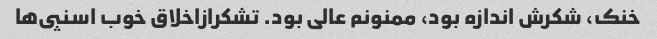
خنک، شکرش اندازه بود، ممنونم عالى بود. تشکرازاخلاق خوب اسنپى‌ها